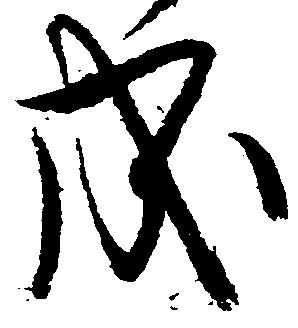
成